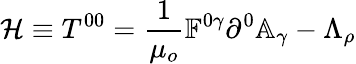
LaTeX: \mathcal{H}\equiv T^{00}=\frac{1}{\mu_{o}}\mathbb{F}^{0\gamma}\partial^{0}\mathbb{A}_{\gamma}-\Lambda_{\rho}